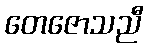
တေဇောသညီ